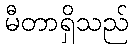
မီတာရှိသည်